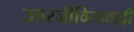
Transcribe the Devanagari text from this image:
उत्तरजीवितावादी